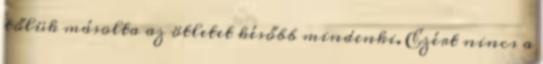
tőlük másolta az ötletet később mindenki. Ezért nincs a